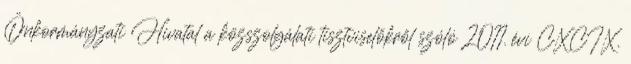
Önkormányzati Hivatal a közszolgálati tisztviselőkről szóló 2011. évi CXCIX.